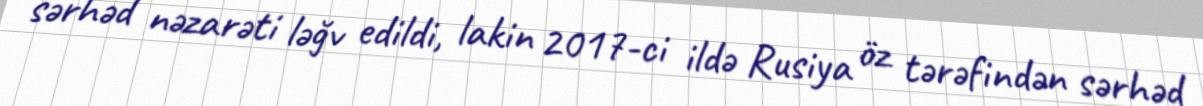
sərhəd nəzarəti ləğv edildi, lakin 2017-ci ildə Rusiya öz tərəfindən sərhəd